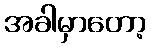
အခါမှာတော့